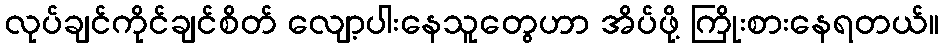
လုပ်ချင်ကိုင်ချင်စိတ် လျော့ပါးနေသူတွေဟာ အိပ်ဖို့ ကြိုးစားနေရတယ်။